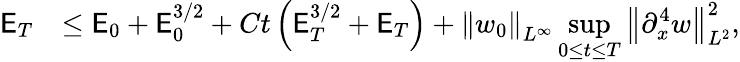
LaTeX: \begin{array}{rl}{\mathsf{E}_{T}}&{\leq\mathsf{E}_{0}+\mathsf{E}_{0}^{3/2}+Ct\left(\mathsf{E}_{T}^{3/2}+\mathsf{E}_{T}\right)+\left\| w_{0}\right\| _{L^{\infty}}\displaystyle\operatorname*{sup}_{0\leq t\leq T}\left\| \partial_{x}^{4}w\right\| _{L^{2}}^{2},}\end{array}